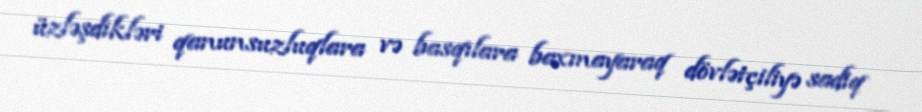
üzləşdikləri qanunsuzluqlara və basqılara baxmayaraq dövlətçiliyə sadiq